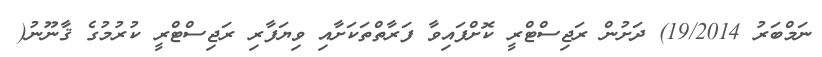
ނަމްބަރު 19/2014) ދަށުން ރަޖިސްޓްރީ ކޮށްފައިވާ ފަރާތްތަކަށާއި ވިޔަފާރި ރަޖިސްޓްރީ ކުރުމުގެ ޤާނޫނު(